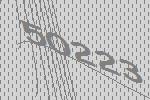
50223